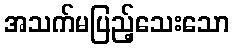
အသက်မပြည့်သေးသော